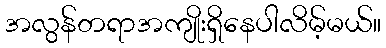
အလွန်တရာအကျိုးရှိနေပါလိမ့်မယ်။